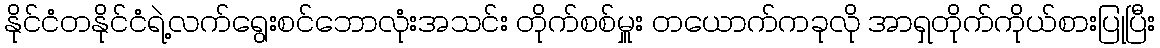
နိုင်ငံတနိုင်ငံရဲ့လက်ရွေးစင်ဘောလုံးအသင်း တိုက်စစ်မှူး တယောက်ကခုလို အာရှတိုက်ကိုယ်စားပြုပြီး